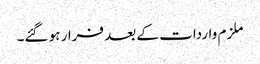
ملزم واردات کے بعد فرار ہو گئے۔